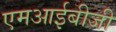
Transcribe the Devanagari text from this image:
एमआईबीजी